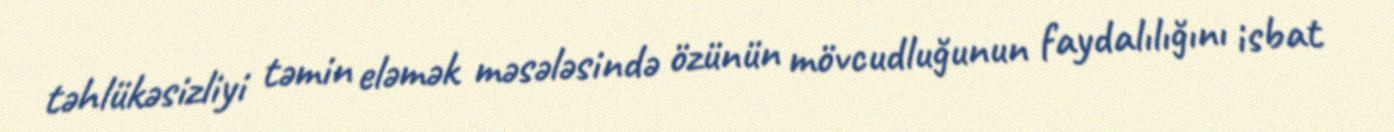
təhlükəsizliyi təmin eləmək məsələsində özünün mövcudluğunun faydalılığını isbat